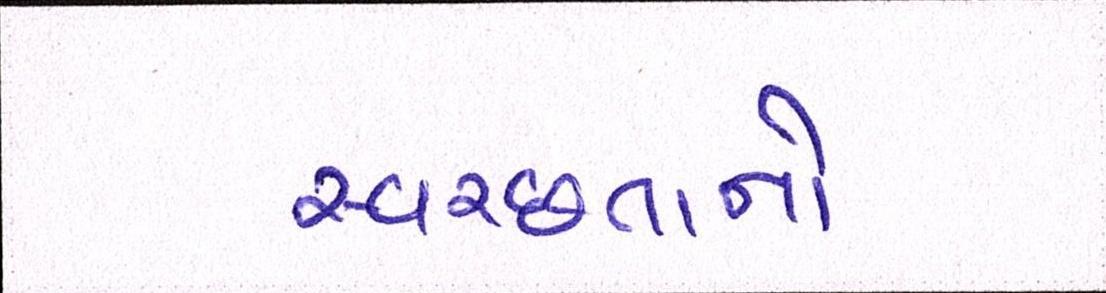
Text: સ્વચ્છતાનો